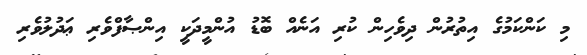
މި ކަންކަމުގެ އިތުރުން ދިވެހިން ކުރި އަނެއް ބޮޑު އުންމީދަކީ އިންޞާފްވެރި ޢަދުލުވެރި